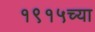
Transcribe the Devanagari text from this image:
१९१५च्या